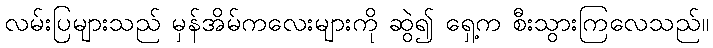
လမ်းပြများသည် မှန်အိမ်ကလေးများကို ဆွဲ၍ ရှေ့က စီးသွားကြလေသည်။